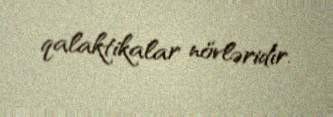
qalaktikalar növləridır.